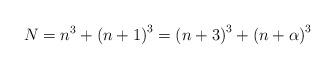
LaTeX: \begin{align*}N=n^{3}+\left(n+1\right)^{3}=\left(n+3\right)^{3}+\left(n+\alpha\right)^{3}\end{align*}